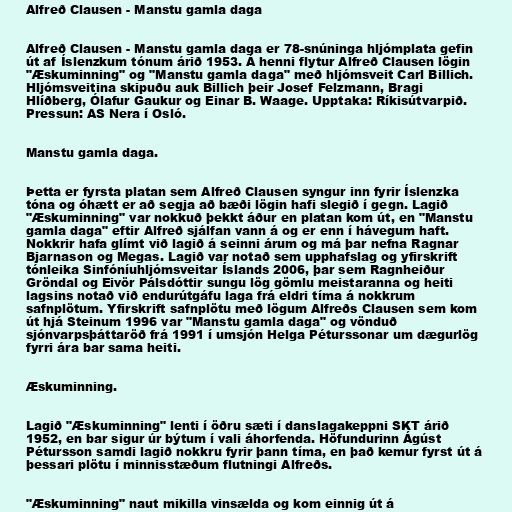
Alfreð Clausen - Manstu gamla daga

Alfreð Clausen - Manstu gamla daga er 78-snúninga hljómplata gefin
út af Íslenzkum tónum árið 1953. Á henni flytur Alfreð Clausen lögin
"Æskuminning" og "Manstu gamla daga" með hljómsveit Carl Billich.
Hljómsveitina skipuðu auk Billich þeir Josef Felzmann, Bragi
Hlíðberg, Ólafur Gaukur og Einar B. Waage. Upptaka: Ríkisútvarpið.
Pressun: AS Nera í Osló.

Manstu gamla daga.

Þetta er fyrsta platan sem Alfreð Clausen syngur inn fyrir Íslenzka
tóna og óhætt er að segja að bæði lögin hafi slegið í gegn. Lagið
"Æskuminning" var nokkuð þekkt áður en platan kom út, en "Manstu
gamla daga" eftir Alfreð sjálfan vann á og er enn í hávegum haft.
Nokkrir hafa glímt við lagið á seinni árum og má þar nefna Ragnar
Bjarnason og Megas. Lagið var notað sem upphafslag og yfirskrift
tónleika Sinfóníuhljómsveitar Íslands 2006, þar sem Ragnheiður
Gröndal og Eivör Pálsdóttir sungu lög gömlu meistaranna og heiti
lagsins notað við endurútgáfu laga frá eldri tíma á nokkrum
safnplötum. Yfirskrift safnplötu með lögum Alfreðs Clausen sem kom
út hjá Steinum 1996 var "Manstu gamla daga" og vönduð
sjónvarpsþáttaröð frá 1991 í umsjón Helga Péturssonar um dægurlög
fyrri ára bar sama heiti.

Æskuminning.

Lagið "Æskuminning" lenti í öðru sæti í danslagakeppni SKT árið
1952, en bar sigur úr býtum í vali áhorfenda. Höfundurinn Ágúst
Pétursson samdi lagið nokkru fyrir þann tíma, en það kemur fyrst út á
þessari plötu í minnisstæðum flutningi Alfreðs.

"Æskuminning" naut mikilla vinsælda og kom einnig út á